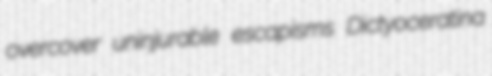
overcover uninjurable escapisms Dictyoceratina